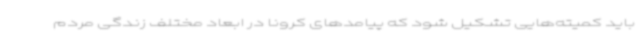
باید کمیته‌هایی تشکیل شود که پیامدهای کرونا در ابعاد مختلف زندگی مردم